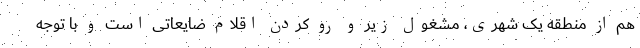
هم از منطقه یک شهری، مشغول زیر و رو کردن اقلام ضایعاتی است و با توجه